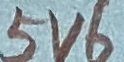
Text: 5V6